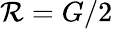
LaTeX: \mathcal{R}=G/2